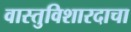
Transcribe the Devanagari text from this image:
वास्तुविशारदाचा